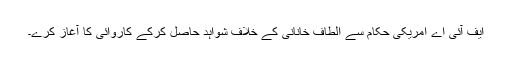
ایف آئی اے امریکی حکام سے الطاف خانانی کے خلاف شواہد حاصل کرکے کاروائی کا آغاز کرے۔